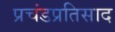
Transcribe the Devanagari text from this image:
प्रचंडप्रतिसाद